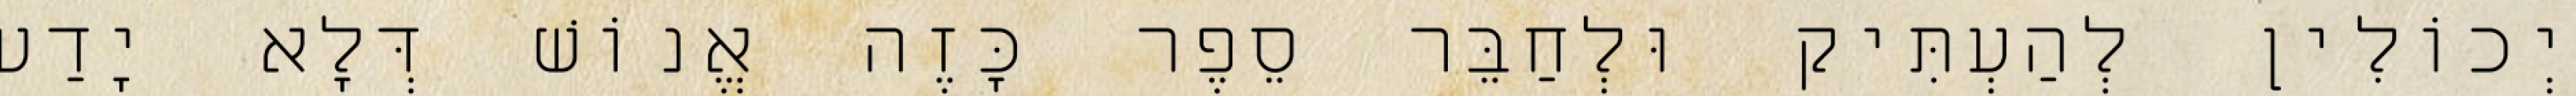
יְכוֹלִין לְהַעְתִּיק וּלְחַבֵּר סֵפֶר כָּזֶה אֱנוֹשׁ דְּלָא יָדַע